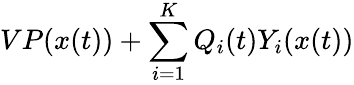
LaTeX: VP(x(t))+\sum_{i=1}^{K}Q_{i}(t)Y_{i}(x(t))